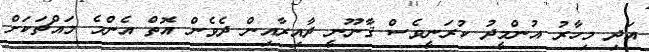
އަދި މިހާރު އުންމީދު ކުރަނީވެސް ޤާނޫނީ ދާއިރާއިން ދެވެން އޮތް އެންމެ މައްޗަކަށް